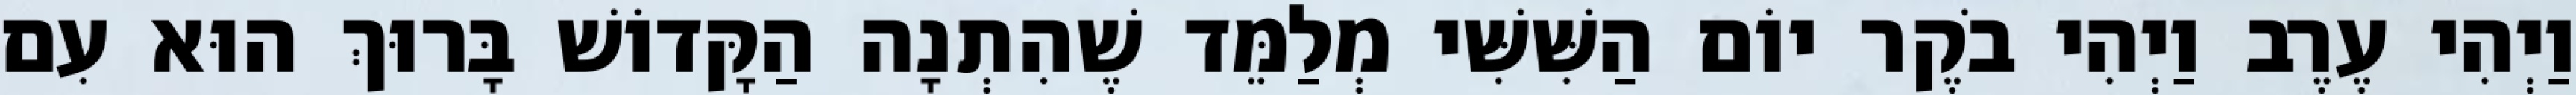
וַיְהִי עֶרֶב וַיְהִי בֹקֶר יוֹם הַשִּׁשִּׁי מְלַמֵּד שֶׁהִתְנָה הַקָּדוֹשׁ בָּרוּךְ הוּא עִם